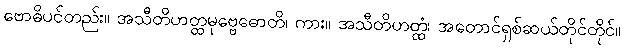
ဗောဓိပင်တည်း။ အသီတိဟတ္ထမုဗ္ဗေဓောတိ၊ ကား။ အသီတိဟတ္ထံ၊ အတောင်ရှစ်ဆယ်တိုင်တိုင်။